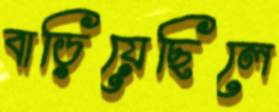
বাড়িয়েছিলে